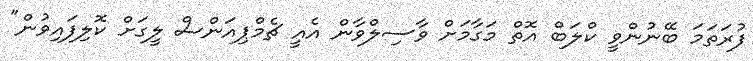
ފުރަތަމަ ބޭނުންވީ ކްލަބް އޮތް މަގާމަށް ވާސިލްވާން އެއީ ޗެމްޕިއަންސް ލީގަށް ކޮލިފައިވުން"